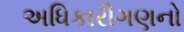
અધિકારીગણનો